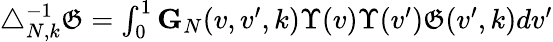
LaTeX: \begin{array}{r}{\triangle_{N,k}^{-1}\mathfrak{G}=\int_{0}^{1}\mathbf{G}_{N}(v,v^{\prime},k)\Upsilon(v)\Upsilon(v^{\prime})\mathfrak{G}(v^{\prime},k)dv^{\prime}}\end{array}